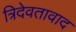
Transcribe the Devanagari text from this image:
त्रिदेवतावाद